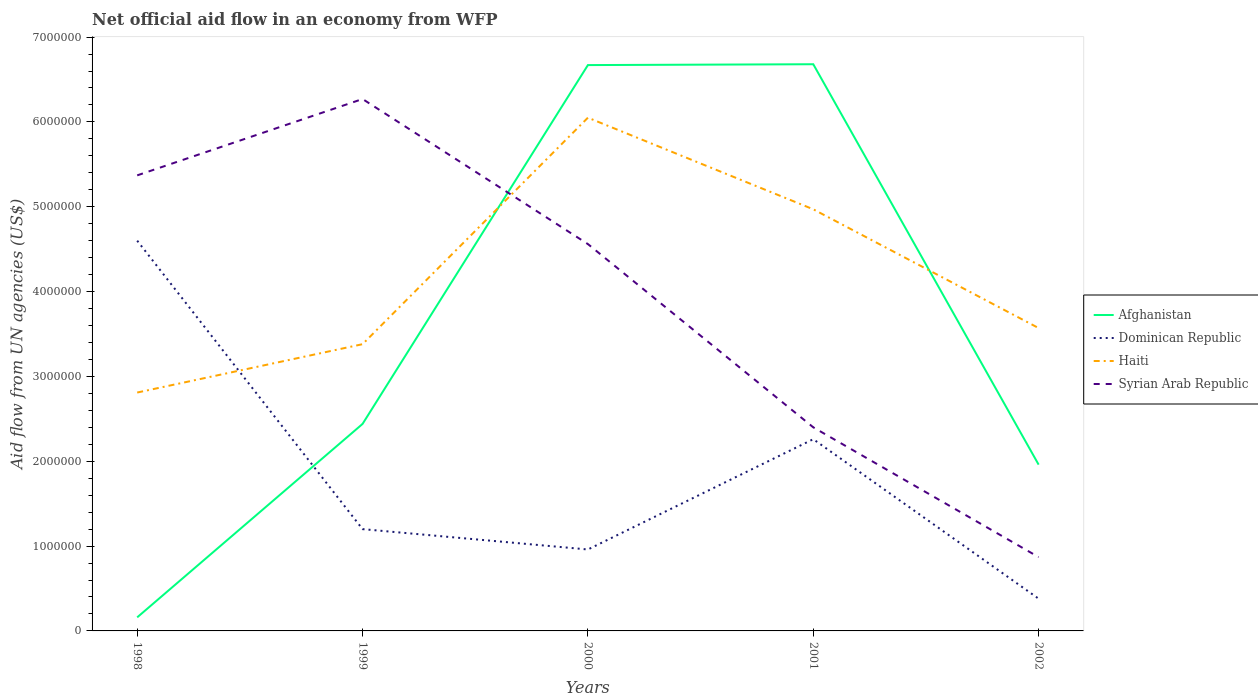
| Years | Afghanistan | Dominican Republic | Haiti | Syrian Arab Republic |
 | --- | --- | --- | --- | --- |
 | 1998 | 1.6e+05 | 4.6e+06 | 2.81e+06 | 5.37e+06 |
 | 1999 | 2.44e+06 | 1.2e+06 | 3.38e+06 | 6.27e+06 |
 | 2000 | 6.67e+06 | 9.6e+05 | 6.05e+06 | 4.56e+06 |
 | 2001 | 6.68e+06 | 2.26e+06 | 4.97e+06 | 2.4e+06 |
 | 2002 | 1.96e+06 | 3.8e+05 | 3.57e+06 | 8.7e+05 |